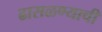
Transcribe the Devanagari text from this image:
ढासळण्याची